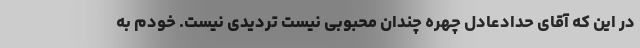
در این که آقای حدادعادل چهره چندان محبوبی نیست تردیدی نیست. خودم به